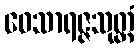
ဝေသာရဇ္ဇသုတ္တံ